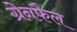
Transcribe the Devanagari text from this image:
ग्रेनफैल